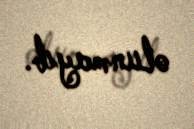
olunmayıb.